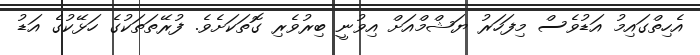
އެހިތްގައިމު އަޑުވެސް މިފަހަރު ޔަޝްމްއަށް އިވުނީ ބިރުވެރި ގޮތަކަށެވެ. ފުރޭތަތަކުގެ ހަޅޭކުގެ އަޑު